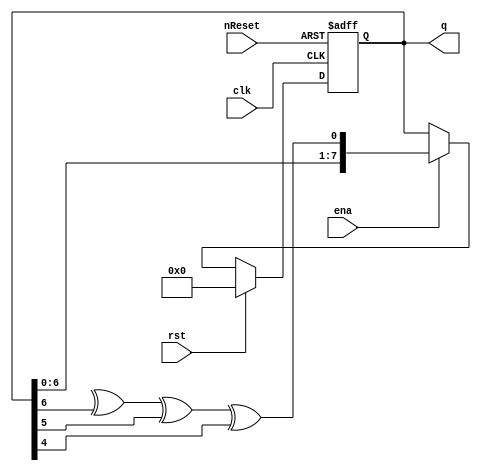
module lfsr (clk, ena, nReset, rst, q);

	//
	// parameters
	//
	parameter [3:0] TAPS   = 8;                // number of flip-flops in LFSR

	//
	// inputs & outputs
	//
	input clk;                                 // master clock
	input ena;                                 // clock enable
	input nReset;                              // asynchronous active low reset
	input rst;                                 // synchronous active high reset

	output [TAPS:1] q;                         // LFSR output
	reg [TAPS:1] q;

	//
	// Module body
	//
	function lsb;
	   input [TAPS-1:0] q;

	   case (TAPS)
	       2: lsb = ~q[0];
	       3: lsb = q[3] ^ q[2];
	       4: lsb = q[4] ^ q[3];
	       5: lsb = q[5] ^ q[3];
	       6: lsb = q[6] ^ q[5];
	       7: lsb = q[7] ^ q[6];
	       8: lsb = q[8] ^ q[6] ^ q[5] ^ q[4];
	       9: lsb = q[9] ^ q[5];
	      10: lsb = q[10] ^ q[7];
	      11: lsb = q[11] ^ q[9];
	      12: lsb = q[12] ^ q[6] ^ q[4] ^ q[1];
	      13: lsb = q[13] ^ q[4] ^ q[3] ^ q[1];
	      14: lsb = q[14] ^ q[5] ^ q[3] ^ q[1];
	      15: lsb = q[15] ^ q[14];
	      16: lsb = q[16] ^ q[15] ^ q[13] ^ q[4];
	   endcase
	endfunction

	always @(posedge clk or negedge nReset)
	  if (~nReset)	q <= #1 0;
	  else if (rst)	q <= #1 0;
	  else if (ena)	q <= #1 {q[TAPS-1:1], lsb(q)};
endmodule